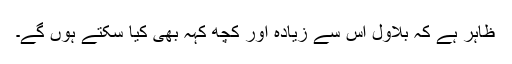
ظاہر ہے کہ بلاول اس سے زیادہ اور کچھ کہہ بھی کیا سکتے ہوں گے۔